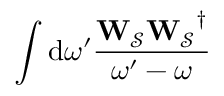
\int { \mathrm { d } \omega ^ { \prime } \frac { \mathbf { W _ { \mathcal { S } } } \mathbf { W _ { \mathcal { S } } } ^ { \dagger } } { \omega ^ { \prime } - \omega } }